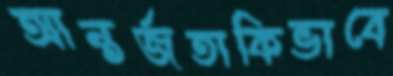
আন্তর্জতাকিভাবে